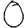
Digit: 0